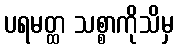
ပရမတ္ထ သစ္စာကိုသိမှ